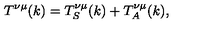
T ^ { \nu \mu } ( k ) = T _ { S } ^ { \nu \mu } ( k ) + T _ { A } ^ { \nu \mu } ( k ) ,